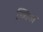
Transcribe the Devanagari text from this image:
च्चिअ